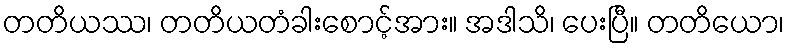
တတိယဿ၊ တတိယတံခါးစောင့်အား။ အဒါသိ၊ ပေးပြီ။ တတိယော၊